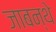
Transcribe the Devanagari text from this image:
जाबन्थे